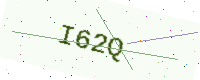
Text: I62Q